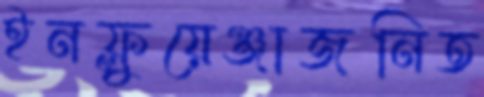
ইনফ্লুয়েঞ্জাজনিত